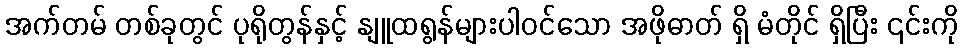
အက်တမ် တစ်ခုတွင် ပုရိုတွန်နှင့် နျူထရွန်များပါဝင်သော အဖိုဓာတ် ရှိ မံတိုင် ရှိပြီး ၎င်းကို